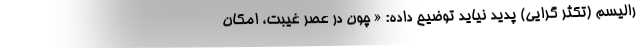
رالیسم (تکثر گرایی) پدید نیاید توضیح داده: « چون در عصر غیبت، امکان